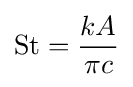
{\text{St}}={\frac {kA}{\pi c}}